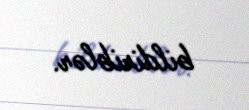
bildiriblər.